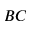
B C